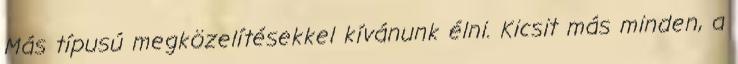
Más típusú megközelítésekkel kívánunk élni. Kicsit más minden, a